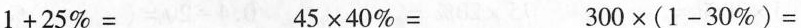
$$1 + 2 5 % =$$ $$4 5 \times 4 0 % =$$ $$3 0 0 \times ( 1 - 3 0 % ) =$$